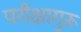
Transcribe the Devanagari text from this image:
परीक्षागुरू